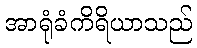
အာရုံခံကိရိယာသည်